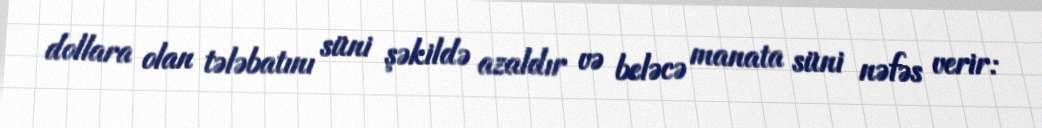
dollara olan tələbatını süni şəkildə azaldır və beləcə manata süni nəfəs verir: